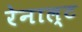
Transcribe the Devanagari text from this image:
रेनाल्ट